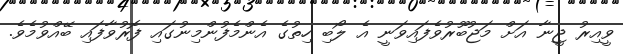
ވީއިރު ޖީނާ އަށް މަޖުބޫރުވެފައިވަނީ އެ ލޯބި ހިތުގެ އެންމެފުންމިނުގައި ފޮރުވާފައި ބޭއްވުމެވެ.